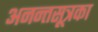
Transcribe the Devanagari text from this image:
अनन्तसूत्रका